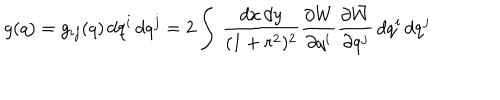
g ( q ) = g _ { i j } ( q ) \, d q ^ { i } \, d q ^ { j } = 2 \int \, \frac { d x \, d y } { ( 1 + r ^ { 2 } ) ^ { 2 } } \frac { \partial W } { \partial q ^ { i } } \frac { \partial \bar { W } } { \partial q ^ { j } } \, d q ^ { i } \, d q ^ { j }